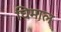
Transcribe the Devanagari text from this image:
घिमाल